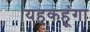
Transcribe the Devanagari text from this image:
यहकहूंगा